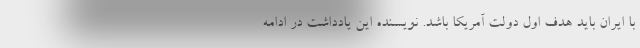
با ایران باید هدف اول دولت آمریکا باشد. نویسنده این یادداشت در ادامه